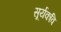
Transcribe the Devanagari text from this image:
सूर्यकवि